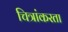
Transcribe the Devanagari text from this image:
चित्रांकरता